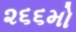
૨૬૬મો